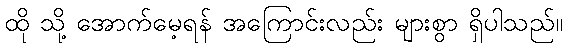
ထို သို့ အောက်မေ့ရန် အကြောင်းလည်း များစွာ ရှိပါသည်။